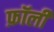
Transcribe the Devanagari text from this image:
फ़ॉर्ली